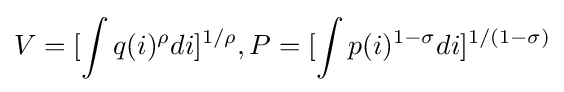
V=[\int q(i)^{\rho }di]^{1/\rho },P=[\int p(i)^{1-\sigma }di]^{1/(1-\sigma )}